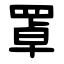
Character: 罩